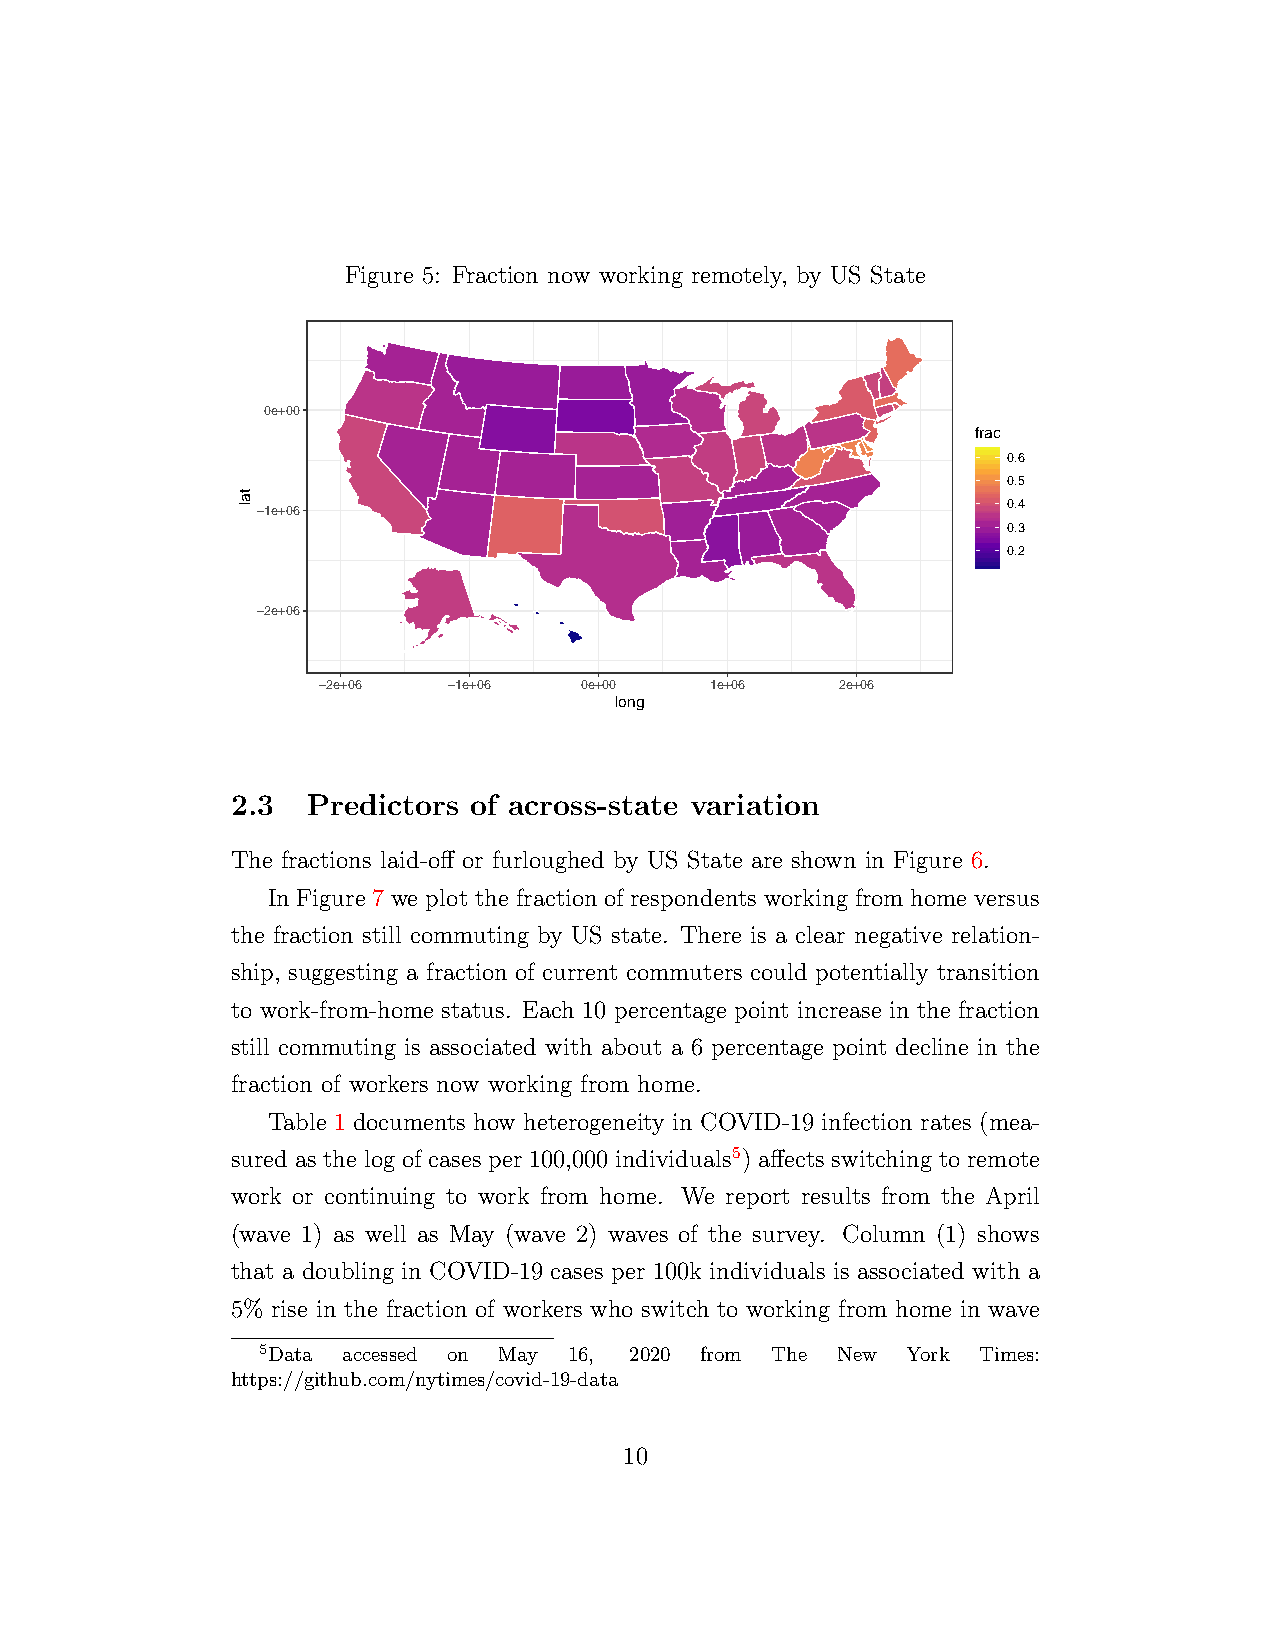
Figure 5: Fraction now working remotely, by US State
 0e+00
 frac
 0.6
 0.5
 0.4
 −1e+06
 0.3
 0.2
 −2e+06
 −2e+06   −1e+06  0e+00    1e+06    2e+06
 long
 2.3  Predictors of across-state variation
 The fractions laid-off or furloughed by US State are shown in Figure 6.
 In Figure 7 we plot the fraction of respondents working from home versus
 the fraction still commuting by US state. There is a clear negative relation-
 ship, suggesting a fraction of current commuters could potentially transition
 to work-from-home status. Each 10 percentage point increase in the fraction
 still commuting is associated with about a 6 percentage point decline in the
 fraction of workers now working from home.
 Table 1 documents how heterogeneity in COVID-19 infection rates (mea-
 sured as the log of cases per 100,000 individuals5) affects switching to remote
 work or continuing to work from home. We report results from the April
 (wave 1) as well as May (wave 2) waves of the survey. Column (1) shows
 that a doubling in COVID-19 cases per 100k individuals is associated with a
 5% rise in the fraction of workers who switch to working from home in wave
 5Data accessed on May 16, 2020 from The New York Times:
 https://github.com/nytimes/covid-19-data
 10
 tal